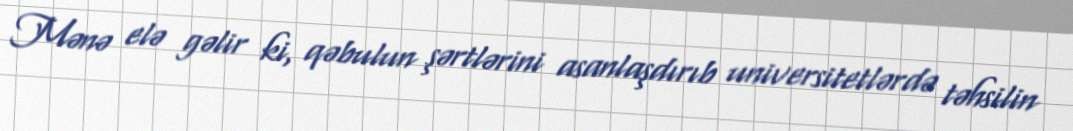
Mənə elə gəlir ki, qəbulun şərtlərini asanlaşdırıb universitetlərdə təhsilin